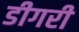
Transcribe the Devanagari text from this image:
डीगरी